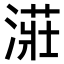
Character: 𣼥